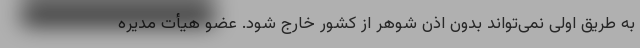
به طریق اولی نمی‌تواند بدون اذن شوهر از کشور خارج شود. عضو هیأت مدیره